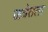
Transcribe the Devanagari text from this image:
जत्रेतला